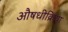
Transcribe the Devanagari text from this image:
औषधीक्रिया